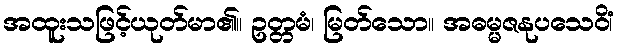
အထူးသဖြင့်ယုတ်မာ၏။ ဥတ္တမံ၊ မြတ်သော။ အဓမ္မဇနုပသေဝိံ၊